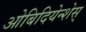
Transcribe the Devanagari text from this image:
ओबिदियेन्शेस्